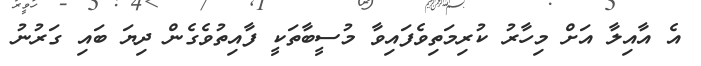
އެ އާއިލާ އަށް މިހާރު ކުރިމަތިވެފައިވާ މުސީބާތަކީ ފާއިތުވެގެން ދިޔަ ބައި ގަރުނު